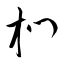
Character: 椚